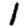
Digit: 1